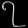
Digit: ၇